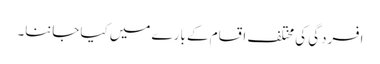
افسردگی کی مختلف اقسام کے بارے میں کیا جاننا۔